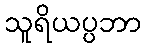
သူရိယပ္ပဘာ